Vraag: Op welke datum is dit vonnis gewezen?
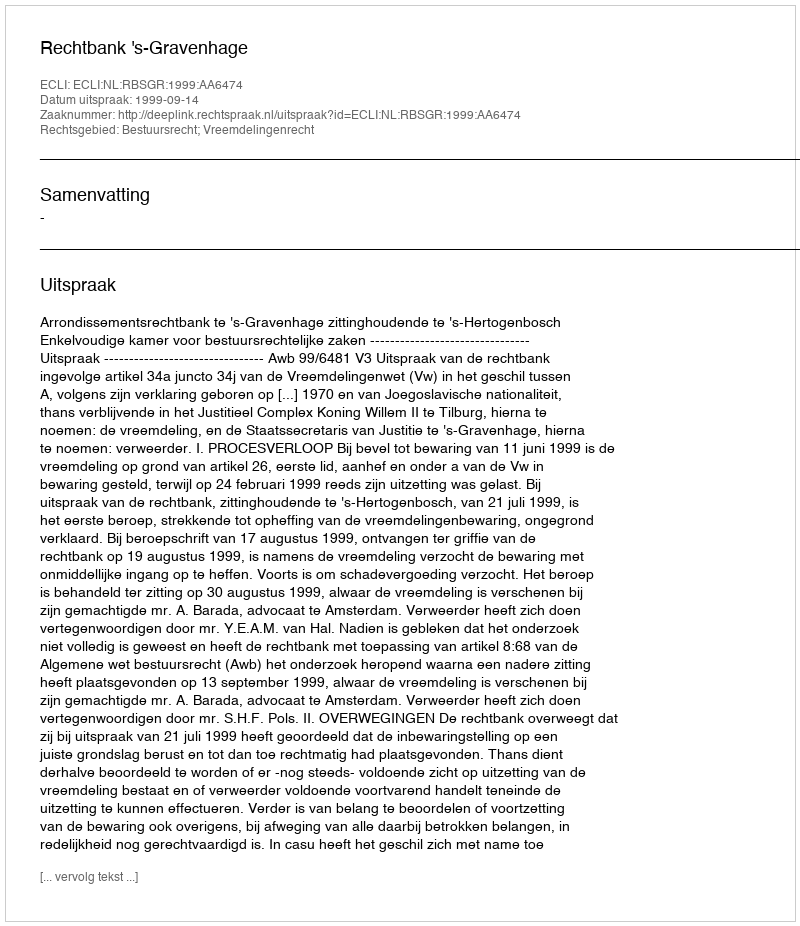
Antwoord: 1999-09-14